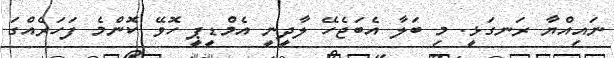
ނައިއްޔާ ރަނގަޅީ. މި ބަލާ އެބަޖެހޭ ލާދީނީ އެމްޑީޕީ ހޮވޭ ކޮންމެ ފަހަރެއްގަ